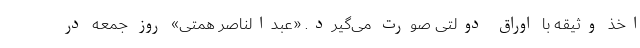
اخذ وثیقه با اوراق دولتی صورت می‌گیرد. «عبدالناصر همتی» روز جمعه در